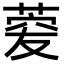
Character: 𦴯